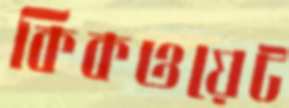
কিকওয়েট